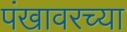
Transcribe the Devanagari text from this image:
पंखावरच्या